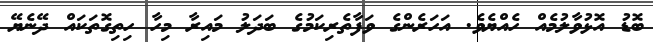
ބޮޑު އޮޅުވާލުމެއް ހެއްޔެވެ. އަހަރެންގެ ވަފާތެރިކަމުގެ ބަދަލު މައިރާ މިހާ ހިތިގޮތަކައް ދޭނެޔޭ